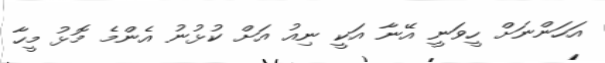
އަހަންނަށް ހީވަނީ އޭނާ އަކީ ނިއު އަށް ކުޅުނު އެންމެ މޮޅު މީހާ